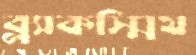
ব্ল্যাকস্মিথ